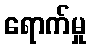
ရောက်မှု